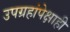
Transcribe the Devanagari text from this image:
उपग्रहांपेक्षाही